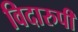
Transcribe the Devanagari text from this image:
विदारुपी